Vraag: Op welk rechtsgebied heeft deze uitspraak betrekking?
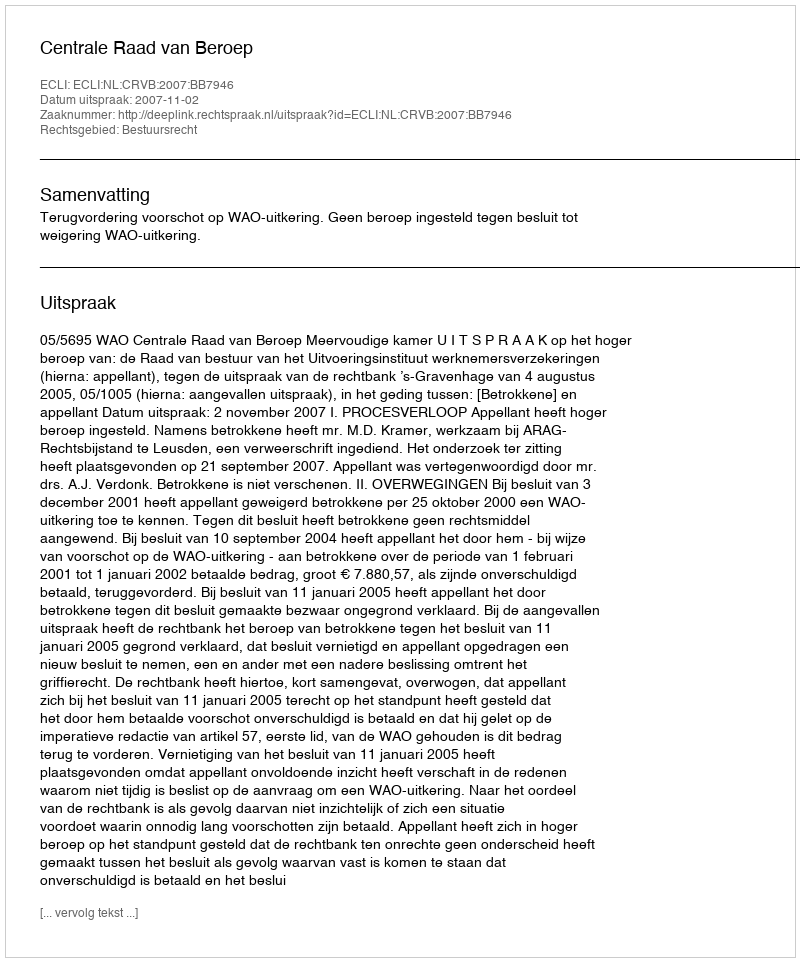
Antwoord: Bestuursrecht